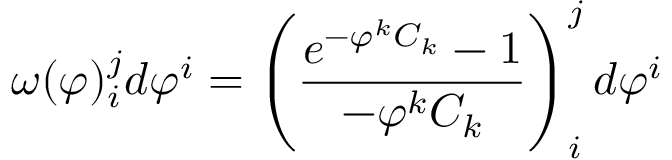
\omega ( \varphi ) _ { i } ^ { j } d \varphi ^ { i } = \left( \frac { e ^ { - \varphi ^ { k } C _ { k } } - 1 } { - \varphi ^ { k } C _ { k } } \right) _ { i } ^ { j } d \varphi ^ { i }